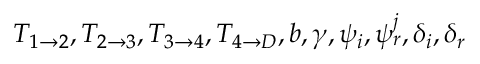
T _ { 1 \rightarrow 2 } , T _ { 2 \rightarrow 3 } , T _ { 3 \rightarrow 4 } , T _ { 4 \rightarrow D } , b , \gamma , \psi _ { i } , \psi _ { r } ^ { j } , \delta _ { i } , \delta _ { r }